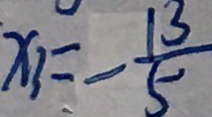
x _ { 3 } = - \frac { 1 3 } { 5 }